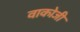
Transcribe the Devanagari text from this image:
वाकोजी